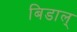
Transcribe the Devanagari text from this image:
बिडाल्